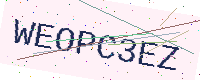
Text: WEOPC3EZ